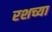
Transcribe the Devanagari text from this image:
रशच्या